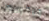
جيفرسون